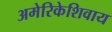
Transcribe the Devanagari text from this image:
अमेरिकेशिवाय